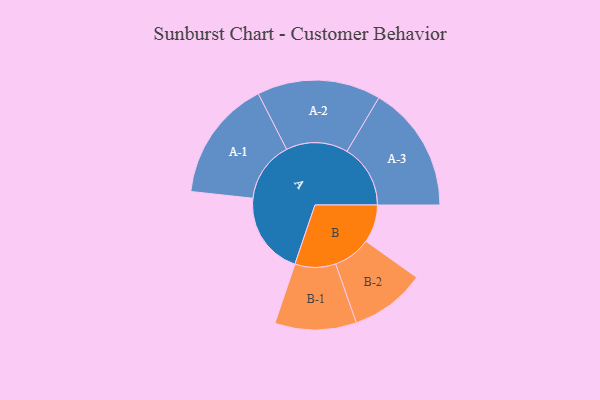
{"axis": {"x": "Segment", "y": "Value"}, "legend": ["", "A", "B"], "data": [{"x": "A", "y": 374, "type": ""}, {"x": "B", "y": 171, "type": ""}, {"x": "A-1", "y": 274, "type": "A"}, {"x": "A-2", "y": 279, "type": "A"}, {"x": "A-3", "y": 286, "type": "A"}, {"x": "B-1", "y": 184, "type": "B"}, {"x": "B-2", "y": 170, "type": "B"}]}